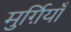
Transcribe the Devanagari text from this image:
मुर्ग़ियाँ